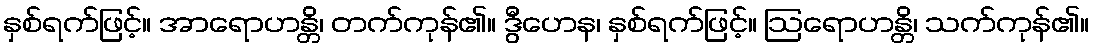
နှစ်ရက်ဖြင့်။ အာရောဟန္တိ၊ တက်ကုန်၏။ ဒွီဟေန၊ နှစ်ရက်ဖြင့်။ ဩရောဟန္တိ၊ သက်ကုန်၏။